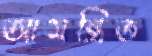
আমন্ত্রিত